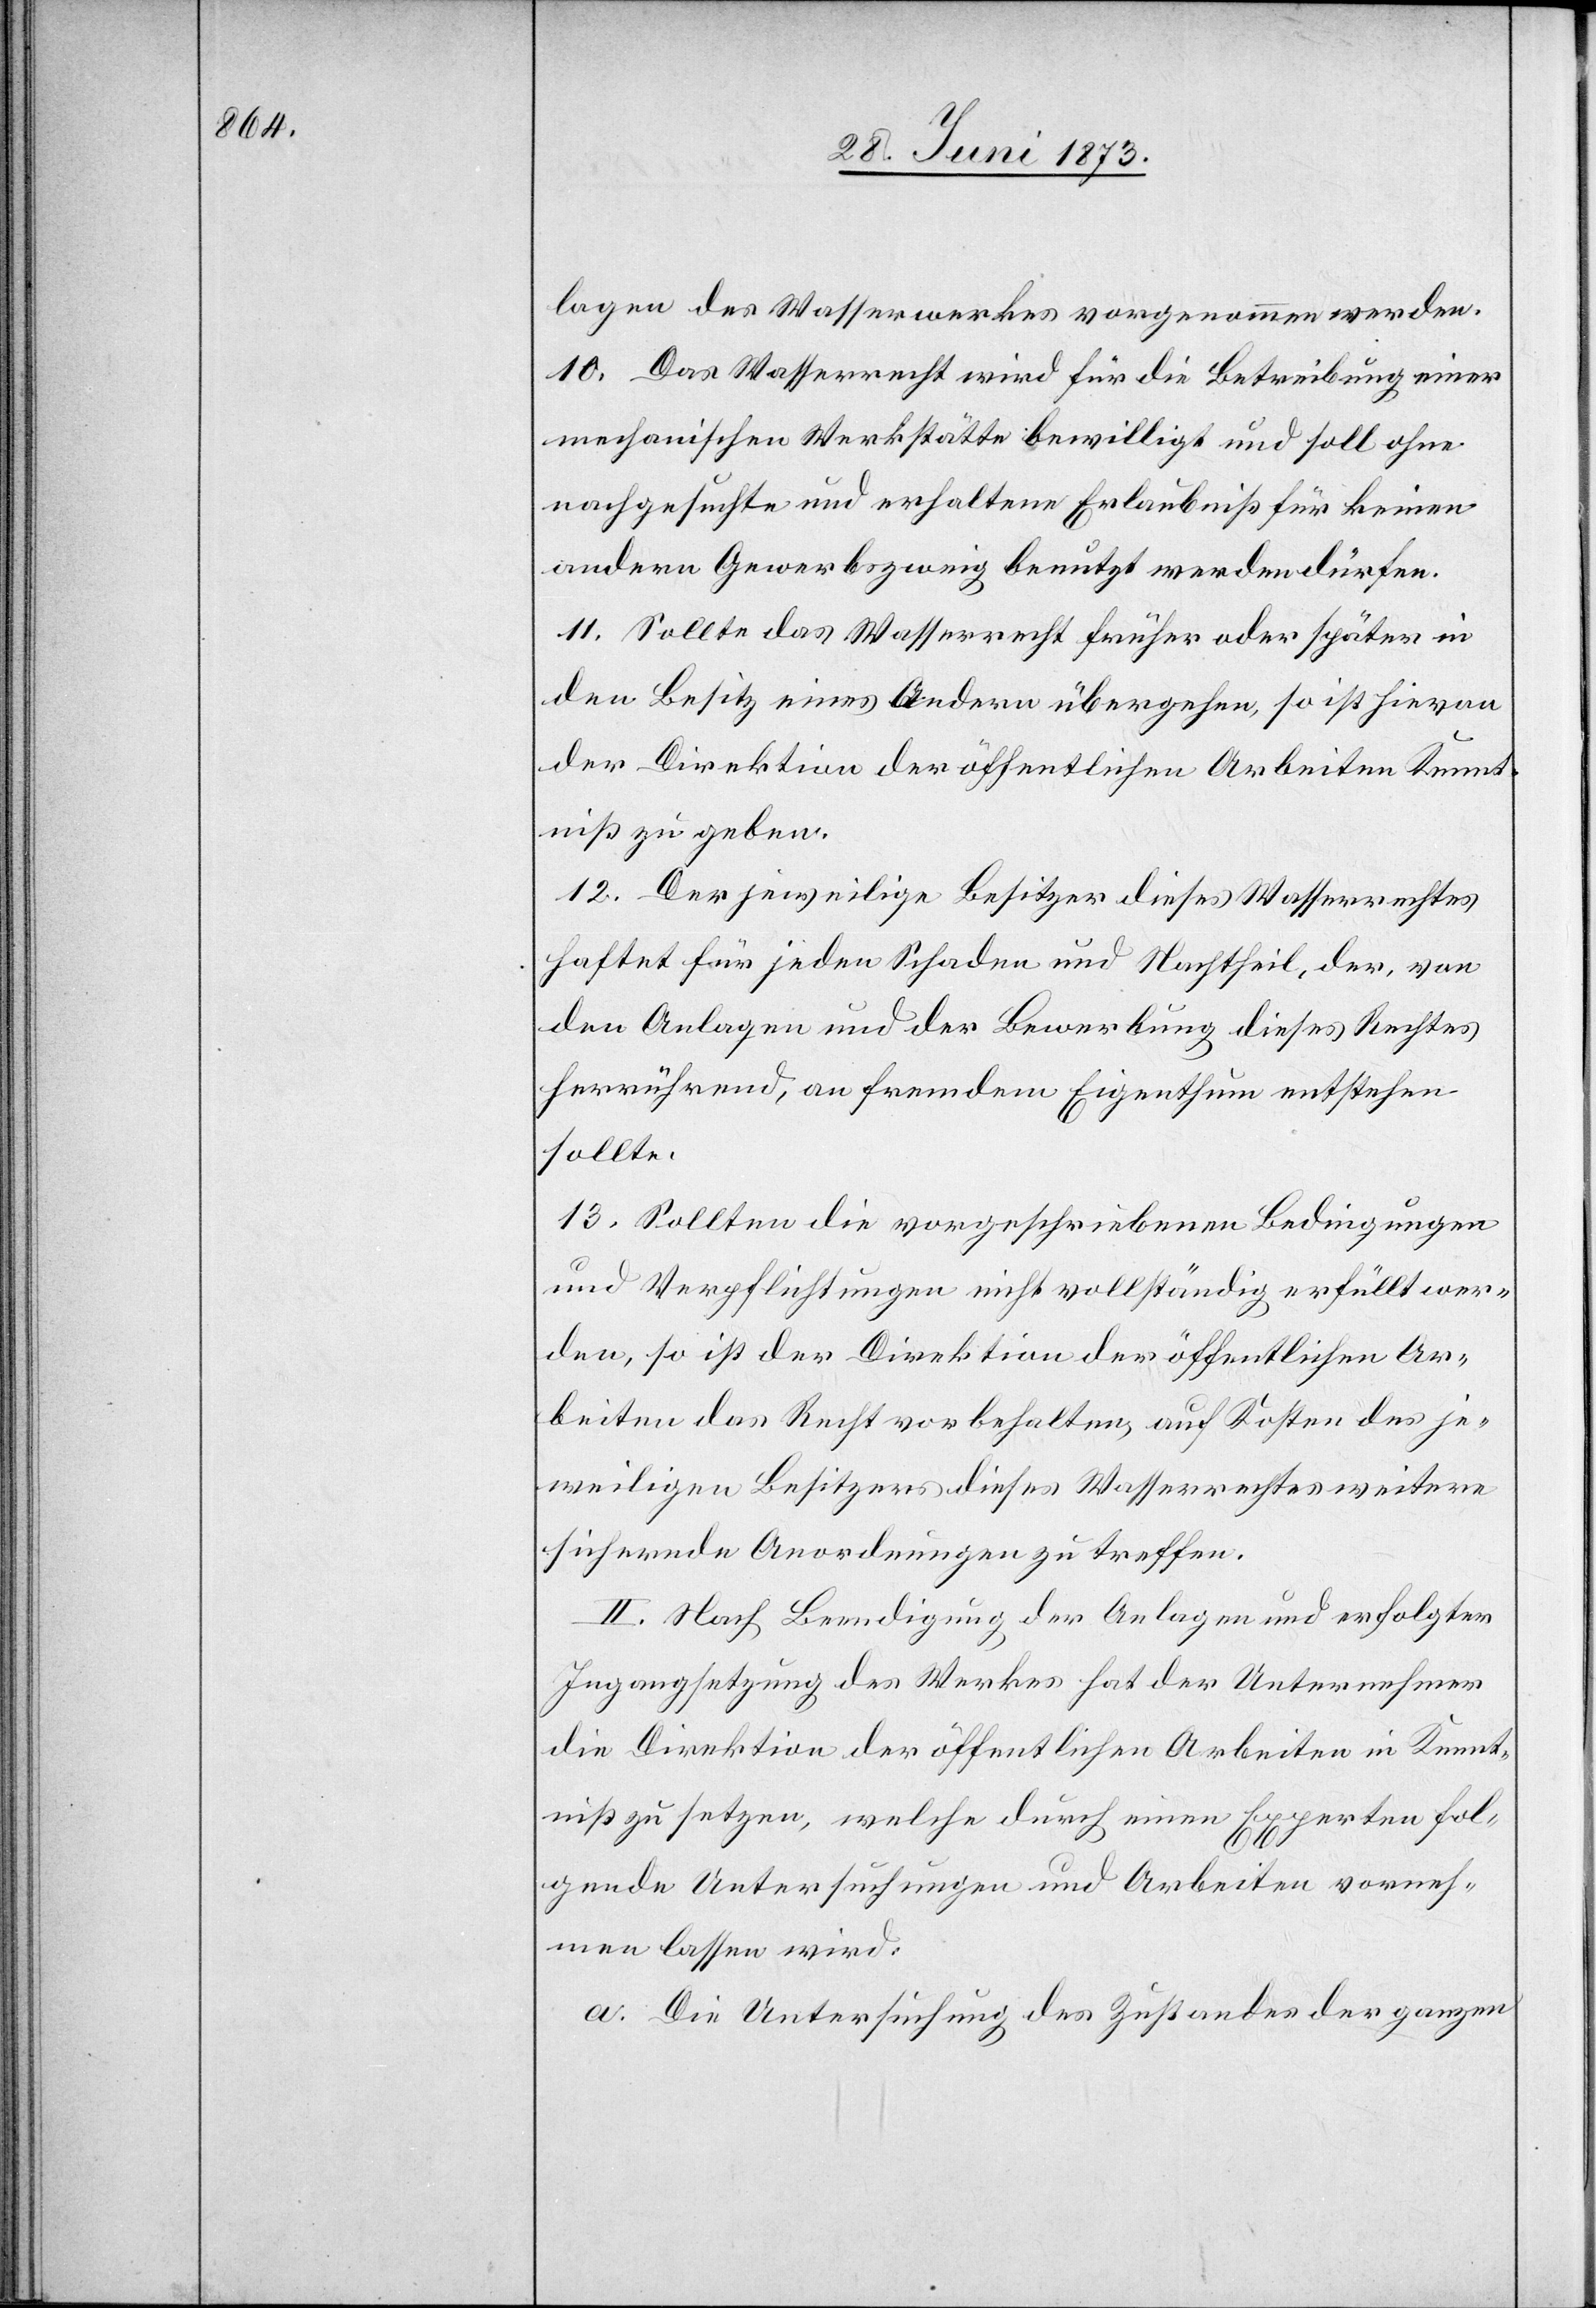
lagen des Wasserwerkes vorgenommen werden.
10. Das Wasserrecht wird für die Betreibung einer
mechanischen Werkstätte bewilligt und soll ohne
nachgesuchte und erhaltene Erlaubniß für keinen
andern Gewerbszweig benutzt werden dürfen.
11. Sollte das Wasserrecht früher oder später in
den Besitz eines Andern übergehen, so ist hievon
der Direktion der öffentlichen Arbeiten Kennt¬
niß zu geben.
12. Der jeweilige Besitzer dieses Wasserrechtes
haftet für jeden Schaden und Nachtheil, der, von
den Anlagen und der Bewerbung dieses Rechtes
herrührend, an fremdem Eigenthum entstehen
sollte.
13. Sollten die vorgeschriebenen Bedingungen
und Verpflichtungen nicht vollständig erfüllt wer¬
den, so ist der Direktion der öffentlichen Ar¬
beiten das Recht vorbehalten, auf Kosten des je¬
weiligen Besitzers dieses Wasserrechtes weitere
sichernde Anordnungen zu treffen.
II. Nach Beendigung der Anlagen und erfolgter
Ingangsetzung des Werkes hat der Unternehmer
die Direktion der öffentlichen Arbeiten in Kennt¬
niß zu setzen, welche durch einen Experten fol¬
gende Untersuchungen und Arbeiten vorneh¬
men lassen wird:
a. Die Untersuchung des Zustandes der ganzen